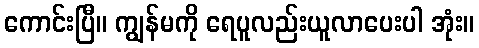
ကောင်းပြီ။ ကျွန်မကို ရေပူလည်းယူလာပေးပါ အုံး။